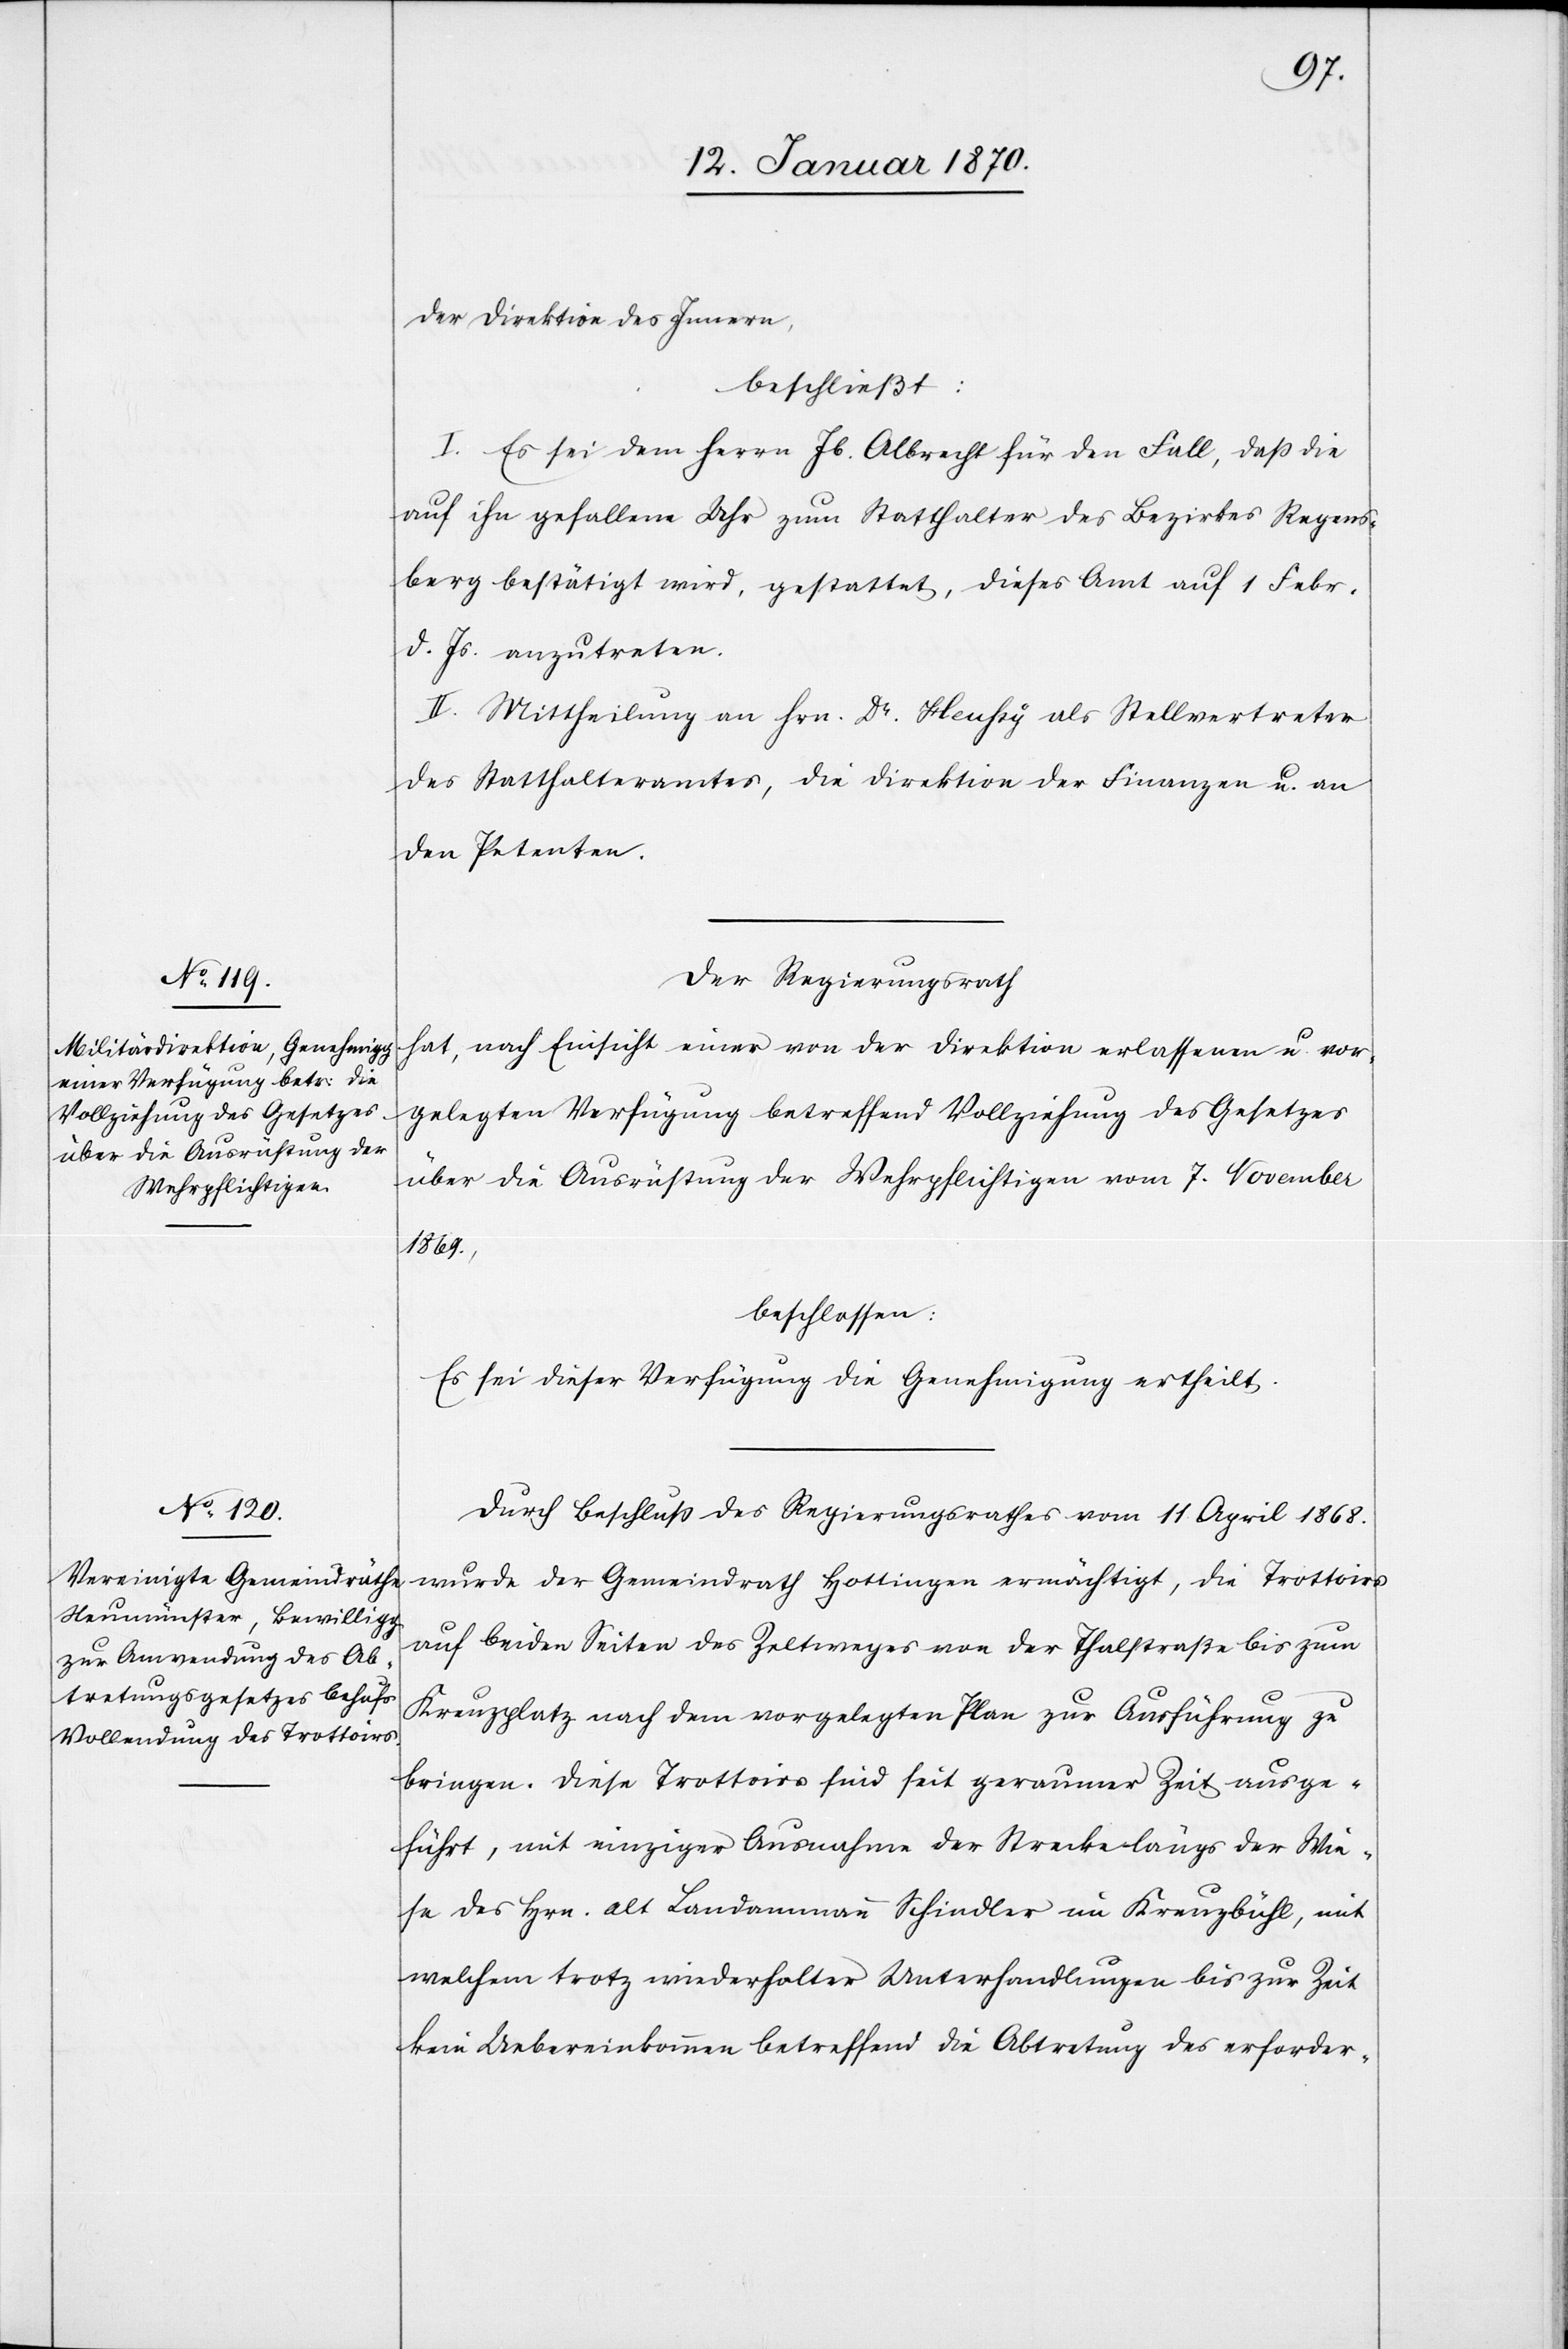
der Direktion des Innern,
beschließt:
I. Es sei dem Herrn Jb. Albrecht für den Fall, daß die
auf ihn gefallene Uhr [sic!] zum Statthalter des Bezirkes Regens¬
berg bestätigt wird, gestattet, dieses Amt auf 1. Februar
d. Js. anzutreten.
II. Mittheilung an Hrn Dr. Heussy als Stellvertreter
des Statthalteramtes, die Direktion der Finanzen u. an
den Petenten.
Der Regierungsrath
hat, nach Einsicht einer von der Direktion erlassenen u. vor¬
gelegten Verfügung betreffend Vollziehung des Gesetzes
über die Ausrüstung der Wehrpflichtigen vom 7. November
1869,
beschlossen:
Es sei dieser Verfügung die Genehmigung ertheilt.
Durch Beschluß des Regierungsrathes vom 11 April 1868.
wurde der Gemeindrath Hottingen ermächtigt, die Trottoirs
auf beiden Seiten des Zeltweges von der Thalstraße bis zum
Kreuzplatz nach dem vorgelegten Plan zur Ausführung zu
bringen. Diese Trottoirs sind seit geraumer Zeit ausge¬
führt, mit einziger Ausnahme der Strecke längs der Wie¬
se des Hrn. alt Landammann Schindler im Kreuzbühl, mit
welchem trotz wiederholter Unterhandlungen bis zur Zeit
kein Uebereinkommen betreffend die Abtretung des erforder-